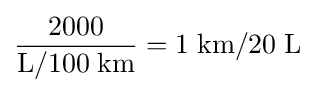
{\frac {2000}{\rm {L/100\;km}}}={\rm {1\;km/20\;L}}